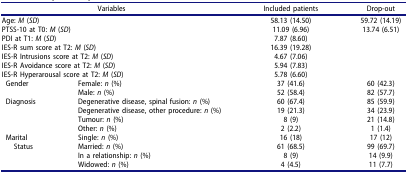
| <COLSPAN=2> Variables | Included patients | Drop-out |
 | --- | --- | --- | --- |
 | <COLSPAN=2> Age: M (SD) | 58.13 (14.50) | 59.72 (14.19) |
 | <COLSPAN=2> PTSS-10 at T0: M (SD) | 11.09 (6.96) | 13.74 (6.51) |
 | <COLSPAN=2> PDI at T1: M (SD) | 7.87 (8.60) |  |
 | <COLSPAN=2> IES-R sum score at T2: M (SD) | 16.39 (19.28) |  |
 | <COLSPAN=2> IES-R Intrusions score at T2: M (SD) | 4.67 (7.06) |  |
 | <COLSPAN=2> IES-R Avoidance score at T2: M (SD) | 5.94 (7.83) |  |
 | <COLSPAN=2> IES-R Hyperarousal score at T2: M (SD) | 5.78 (6.60) |  |
 | <ROWSPAN=2> Gender | Female: n (%) | 37 (41.6) | 60 (42.3) |
 | Male: n (%) | 52 (58.4) | 82 (57.7) |
 | <ROWSPAN=4> Diagnosis | Degenerative disease, spinal fusion: n (%) | 60 (67.4) | 85 (59.9) |
 | Degenerative disease, other procedure: n (%) | 19 (21.3) | 34 (23.9) |
 | Tumour: n (%) | 8 (9) | 21 (14.8) |
 | Other: n (%) | 2 (2.2) | 1 (1.4) |
 | <ROWSPAN=4> MaritalStatus | Single: n (%) | 16 (18) | 17 (12) |
 | Married: n (%) | 61 (68.5) | 99 (69.7) |
 | In a relationship: n (%) | 8 (9) | 14 (9.9) |
 | Widowed: n (%) | 4 (4.5) | 11 (7.7) |